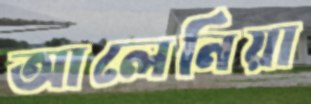
আলেনিয়া